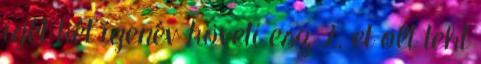
igét két igenév követi esz 2. et olt teht